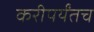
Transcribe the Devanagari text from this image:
करीपर्यंतच